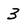
Character: 3